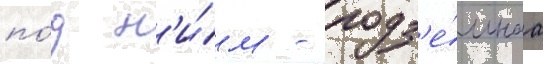
по́д н'и́м - подз'е́мнаа